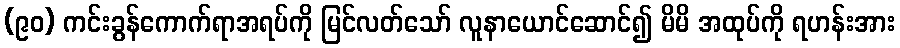
(၉၀) ကင်းခွန်ကောက်ရာအရပ်ကို မြင်လတ်သော် လူနာယောင်ဆောင်၍ မိမိ အထုပ်ကို ရဟန်းအား